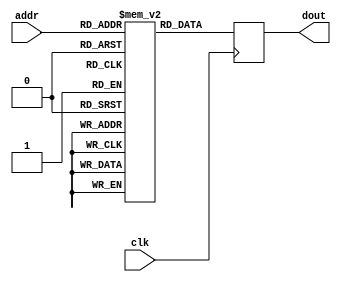
module ker1(		//blur
	input clk,
	input [3:0] addr,
	output reg [4:0] dout
);

reg signed [4:0] mem_array [8:0];

initial begin
	mem_array[0] =5'd3;
	mem_array[1] =5'd3;
	mem_array[2] =5'd3;
	mem_array[3] =5'd3;
	mem_array[4] =5'd8;
	mem_array[5] =5'd3;
	mem_array[6] =5'd3;
	mem_array[7] =5'd3;
	mem_array[8] =5'd3;
end



always @(posedge clk)
	dout <= mem_array[addr];
endmodule

module ker2(		//edge detect
	input clk,
	input [3:0] addr,
	output reg [4:0] dout
);

reg signed [4:0] mem_array [8:0];

initial begin
	mem_array[0] =5'd0;
	mem_array[1] =5'd1;
	mem_array[2] =5'd0;
	mem_array[3] =5'd1;
	mem_array[4] = -5'd4;
	mem_array[5] =5'd1;
	mem_array[6] =5'd0;
	mem_array[7] =5'd1;
	mem_array[8] =5'd0;
end



always @(posedge clk)
	dout <= mem_array[addr];
endmodule

module ker3(			//sharpen
	input clk,
	input [3:0] addr,
	output reg [4:0] dout
);

reg signed [4:0] mem_array [8:0];

initial begin
	mem_array[0] =5'd0;
	mem_array[1] =-5'd1;
	mem_array[2] =5'd0;
	mem_array[3] =-5'd1;
	mem_array[4] =5'd5;
	mem_array[5] =-5'd1;
	mem_array[6] =5'd0;
	mem_array[7] =-5'd1;
	mem_array[8] =5'd0;
end



always @(posedge clk)
	dout <= mem_array[addr];
endmodule